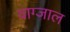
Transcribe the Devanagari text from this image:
वाग्जाल